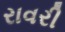
રાવરી